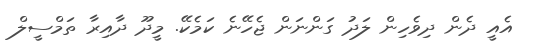
އެއީ ދެން ދިވެހިން ލަދު ގަންނަން ޖެހޭނެ ކަމެކޭ. މީދޫ ދާއިރާ ތަމްސީލް